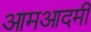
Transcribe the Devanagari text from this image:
आमआदमी